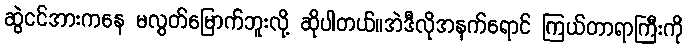
ဆွဲငင်အားကနေ မလွတ်မြောက်ဘူးလို့ ဆိုပါတယ်။အဲဒီလိုအနက်ရောင် ကြယ်တာရာကြီးကို